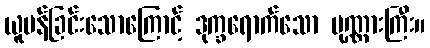
ယူပန်ခြင်းသောကြောင့် ဒုက္ခရောက်သော ပုဏ္ဏားကြီး။